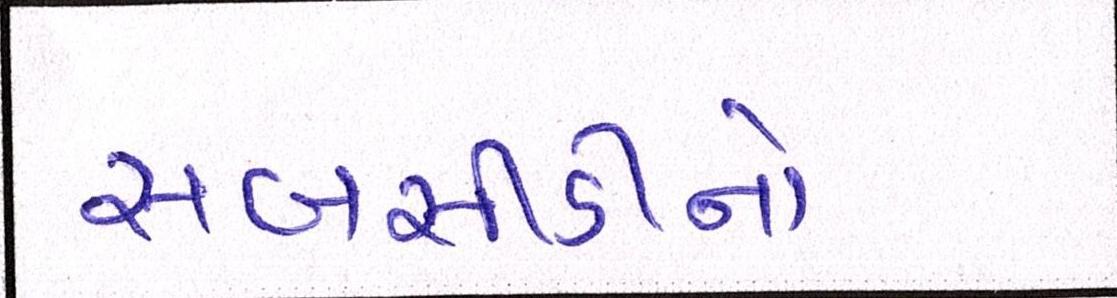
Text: સબસીડીનો